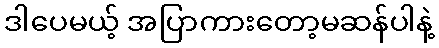
ဒါပေမယ့် အပြာကားတော့မဆန်ပါနဲ့